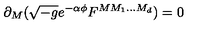
\partial _ { M } ( \sqrt { - g } e ^ { - \alpha \phi } F ^ { M M _ { 1 } . . . M _ { d } } ) = 0